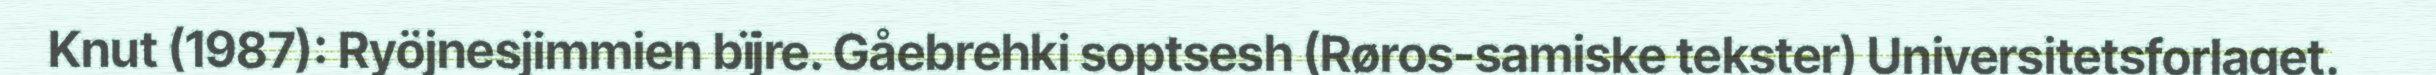
Knut (1987): Ryöjnesjimmien bïjre. Gåebrehki soptsesh (Røros-samiske tekster) Universitetsforlaget.